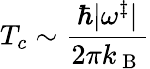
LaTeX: T_{c}\sim\frac{\hbar|\omega^{\ddagger}|}{2\pi k_{\mathrm{~B~}}}